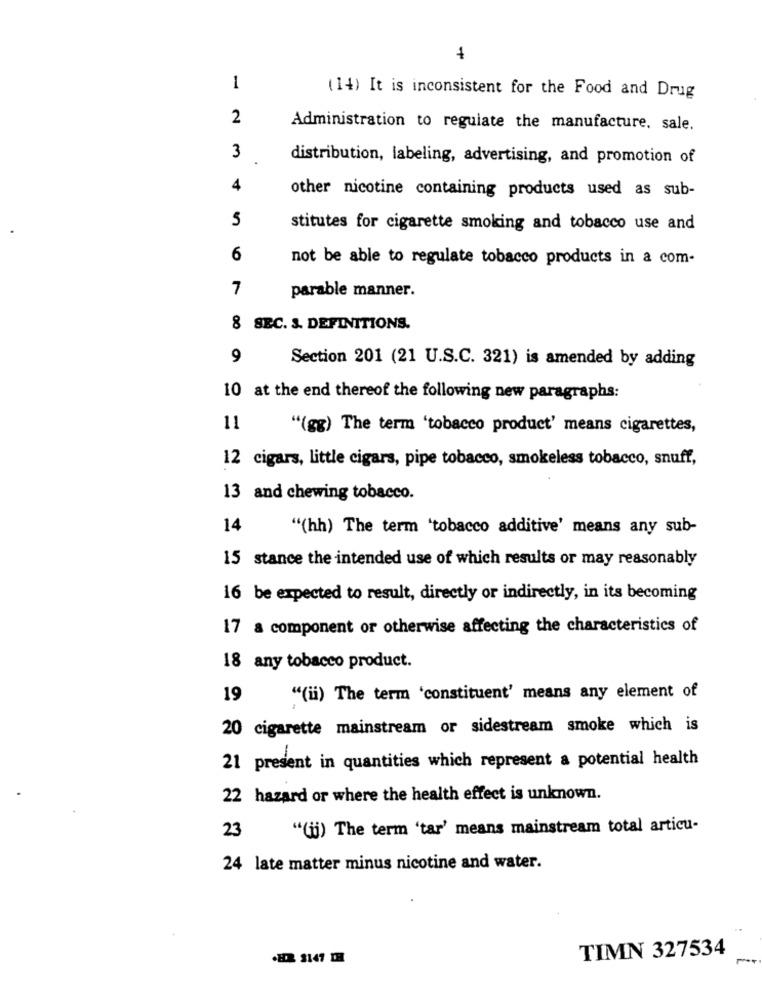
1
( 14) It is inconsistent for the Food and Drug
2
Administration to regulate the manufacture. sale.
3
distribution, labeling, advertising, and promotion of
4
other nicotine containing products used as sub-
5
stitutes for cigarette smoking and tobacco use and
6
not be able to regulate tobacco products in a com-
7
parable manner.
8 SEC. 3. DEFINITIONS.
9
Section 201 (21 U.S.C. 321) is amended by adding
10 at the end thereof the following new paragraphs:
11
"(gg) The term 'tobacco product' means cigarettes,
12 cigars, little cigars, pipe tobacco, smokeless tobacco, snuff,
13 and chewing tobacco.
14
"(hh) The term 'tobacco additive' means any sub-
15 stance the intended use of which results or may reasonably
16 be expected to result, directly or indirectly, in its becoming
17 a component or otherwise affecting the characteristics of
18 any tobacco product.
19
"(ii) The term 'constituent' means any element of
20 cigarette mainstream or sidestream smoke which is
21 present in quantities which represent a potential health
22 hazard or where the health effect is unknown.
23
"(ij) The term 'tar' means mainstream total articu-
24 late matter minus nicotine and water.
TIMN 327534